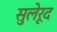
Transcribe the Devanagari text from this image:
सुलेरूद